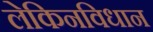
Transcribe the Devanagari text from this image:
लेकिनविधान